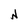
Character: N